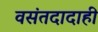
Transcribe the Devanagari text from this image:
वसंतदादाही